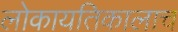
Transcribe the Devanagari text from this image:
लोकायतिकालाच